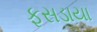
ફસડાયા